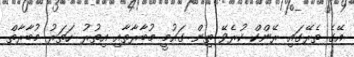
އޭގެ ތެރޭގައި ރޭންކް ކުރެވޭ ތިން ގައުމީ މުބާރާތާއި އިތުރު ހަތަރު މުބާރާތް